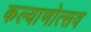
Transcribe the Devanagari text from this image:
कल्याणोत्सव